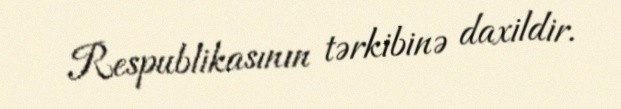
Respublikasının tərkibinə daxildir.